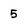
Character: 5